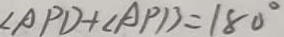
\angle A P D + \angle A P B = 1 8 0 ^ { \circ }